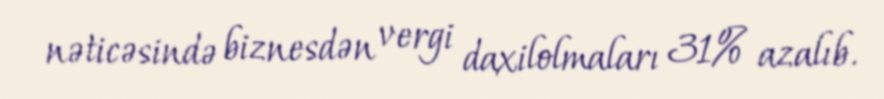
nəticəsində biznesdən vergi daxilolmaları 31% azalıb.